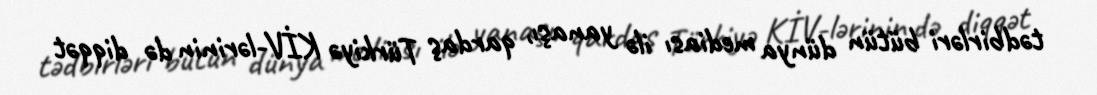
tədbirləri bütün dünya mediası ilə yanaşı, qardaş Türkiyə KİV-lərinin də diqqət